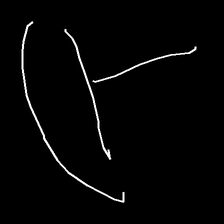
Glyph: dispersion